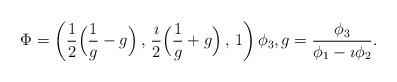
LaTeX: \begin{align*} \Phi=\left( \frac12\Big( \frac1{g}-g\Big) \,,\, \frac{\imath}2\Big( \frac1{g}+g\Big) \,,\, 1\right)\phi_3, g=\frac{\phi_3}{\phi_1-\imath\phi_2}.\end{align*}